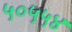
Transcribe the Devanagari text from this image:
५०५५४